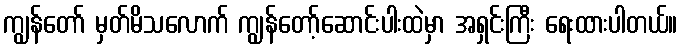
ကျွန်တော် မှတ်မိသလောက် ကျွန်တော့်ဆောင်းပါးထဲမှာ အရှင်းကြီး ရေးထားပါတယ်။